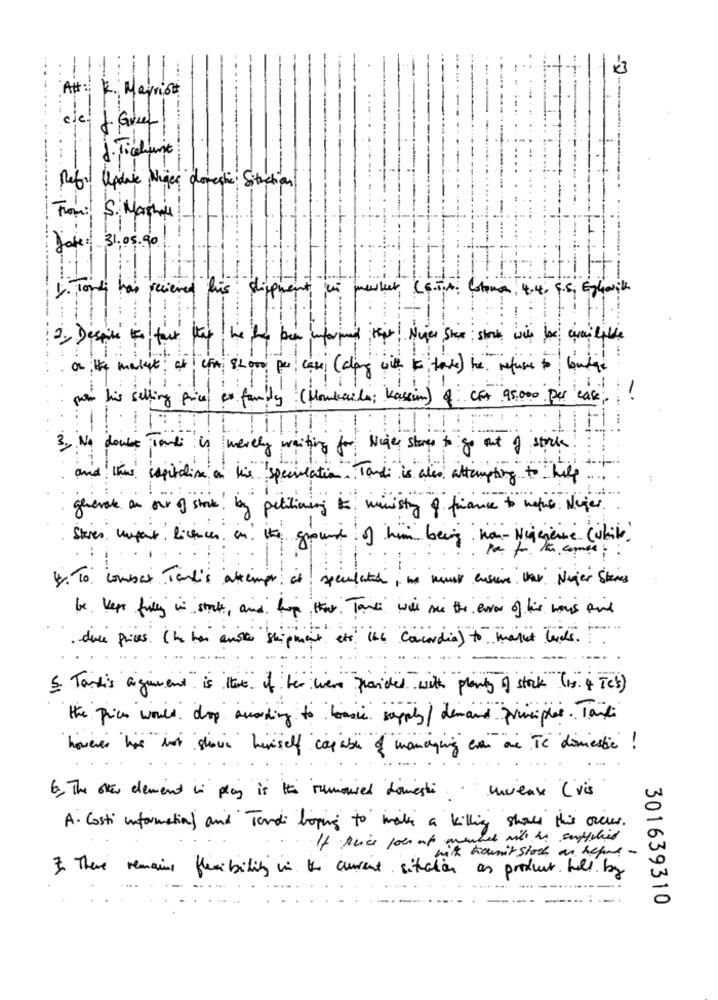
Att: K. Mayrist
cie
J. Greef
J. Tichunt
Ref. Update Niger domestic Siteaction
From: S. Marchi
Jake: 31.05.90
I. Tonly has recieved his shipment in merker, (s.T.n: Coloma, 4.4. 5.5, Eggwith
on the market, at CFA 82000 per case (along with it take) he refuses to budge
proin his selling price x family (Howkarla; Kassim) f CFA 95,000 per case .
: !
3. No doubt Tardi is merely waiting for Nice stores to go out of stock .
and this capitalize on his speculation . Tardi is also attempting to help
gevole on our of stock ! by petitioning is ministry of finance to notice Nyer
Stier unfair Licences in i ground of him being han- Negense (while !
4. To combat Ted's attempt at speculated , we must ensure var Neger Steres
be Ker fully in store, and hope that. Tank was see the error of his imis find
dive prices. ( he has anse shipment att ini concordia ) to market lads.
5. Taxis argument is there of her were provided with plenty of stock (s. 4 Te)
the price would drop according to basic supply / demand principles . Tail
however hir is shown herself canuse of managing even au TC domeste !
6. The olen element in play is it rumoured domesti ..
unvieux ( vis
A. Costi information and Tardi hoping to make a killing share this occur.
If trice pour ut mener with is supplied
milk hownit stoch an heput -
3. There remains flexibility in the curent situation as product helt by
301639310